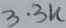
Text: 3.3K